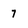
Character: 7